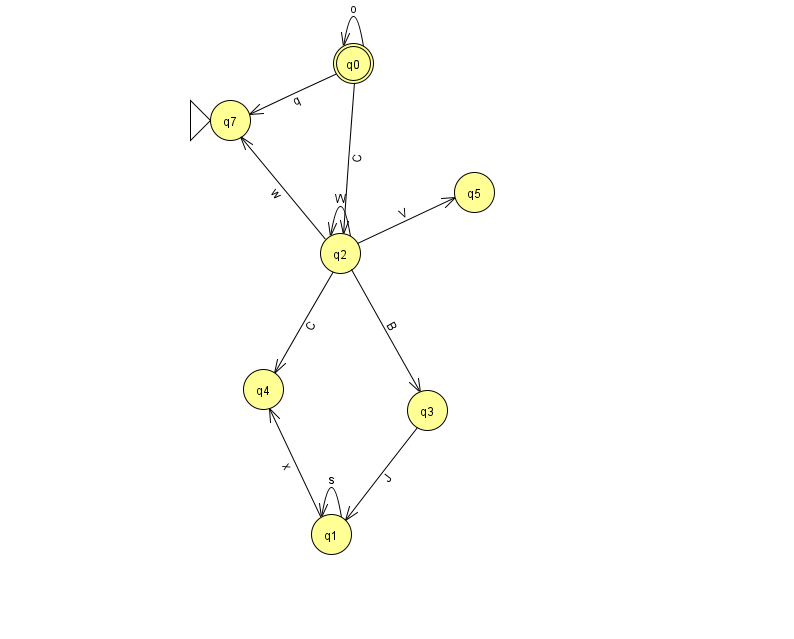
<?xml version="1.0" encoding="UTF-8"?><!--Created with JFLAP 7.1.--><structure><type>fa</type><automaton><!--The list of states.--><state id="0" name="q0"><x>353.0</x><y>50.0</y><final/></state><state id="1" name="q1"><x>331.0</x><y>521.0</y></state><state id="2" name="q2"><x>340.0</x><y>240.0</y></state><state id="3" name="q3"><x>427.0</x><y>397.0</y></state><state id="4" name="q4"><x>263.0</x><y>376.0</y></state><state id="5" name="q5"><x>474.0</x><y>179.0</y></state><state id="7" name="q7"><x>230.0</x><y>107.0</y><initial/></state><!--The list of transitions.--><transition><from>1</from><to>1</to><read>s</read></transition><transition><from>1</from><to>4</to><read>x</read></transition><transition><from>0</from><to>2</to><read>C</read></transition><transition><from>2</from><to>2</to><read>W</read></transition><transition><from>2</from><to>3</to><read>B</read></transition><transition><from>2</from><to>4</to><read>C</read></transition><transition><from>3</from><to>1</to><read>J</read></transition><transition><from>2</from><to>5</to><read>V</read></transition><transition><from>2</from><to>7</to><read>w</read></transition><transition><from>0</from><to>0</to><read>o</read></transition><transition><from>0</from><to>7</to><read>q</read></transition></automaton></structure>